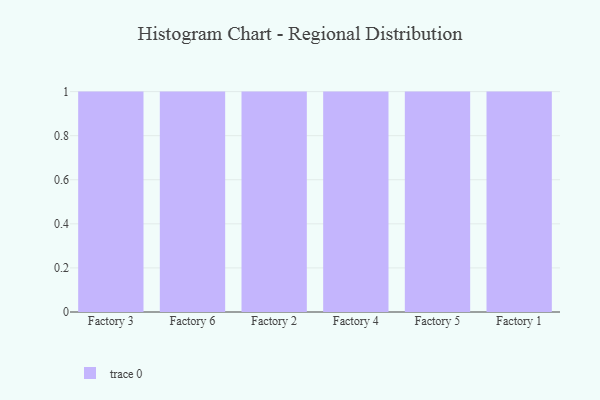
{"axis": {"x": "Factory", "y": "Backlog"}, "legend": [""], "data": [{"x": "Factory 3", "y": 86, "type": ""}, {"x": "Factory 6", "y": 29, "type": ""}, {"x": "Factory 2", "y": 60, "type": ""}, {"x": "Factory 4", "y": 72, "type": ""}, {"x": "Factory 5", "y": 50, "type": ""}, {"x": "Factory 1", "y": 20, "type": ""}]}